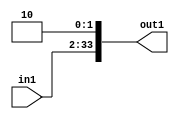
`timescale 1ps / 1ps
/*****************************************************************************
    Verilog RTL Description
    
    
    Created by: CellMath Designer 2019.1.01 
*******************************************************************************/

module DFT_compute_entirecomputation_alt10_4 (
	in1,
	out1
	); /* architecture "behavioural" */ 
input [31:0] in1;
output [33:0] out1;
wire [33:0] asc010;

assign asc010 = {in1,2'B10};

assign out1 = asc010;
endmodule

/* CADENCE  ubDxTg0= : u9/ySgnWtBlWxVPRXgAZ4Og= ** DO NOT EDIT THIS LINE ******/